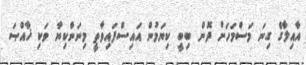
އާއިލާގެ ގިނަ މަސްމަހަށް ދޮން ބިބީ ކިޔަމުން އައިސްފައިވާތީ މިނަންކިޔާ ވަކި ޚާއްޞަ